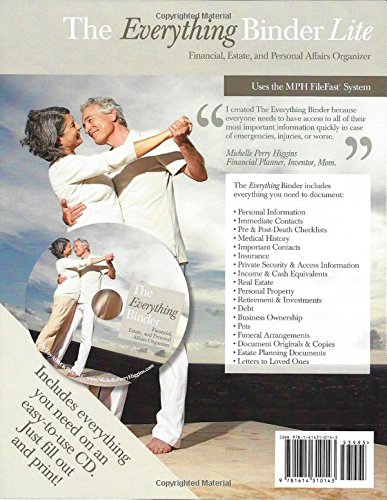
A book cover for The Everything Binder - Lite: Financial, Estate and Personal Affairs Organizer; Michelle Perry Higgins; Law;